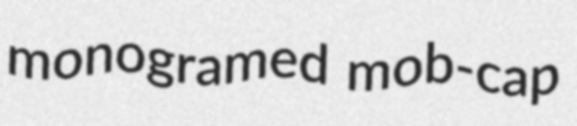
monogramed mob-cap